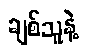
ချစ်သူနဲ့